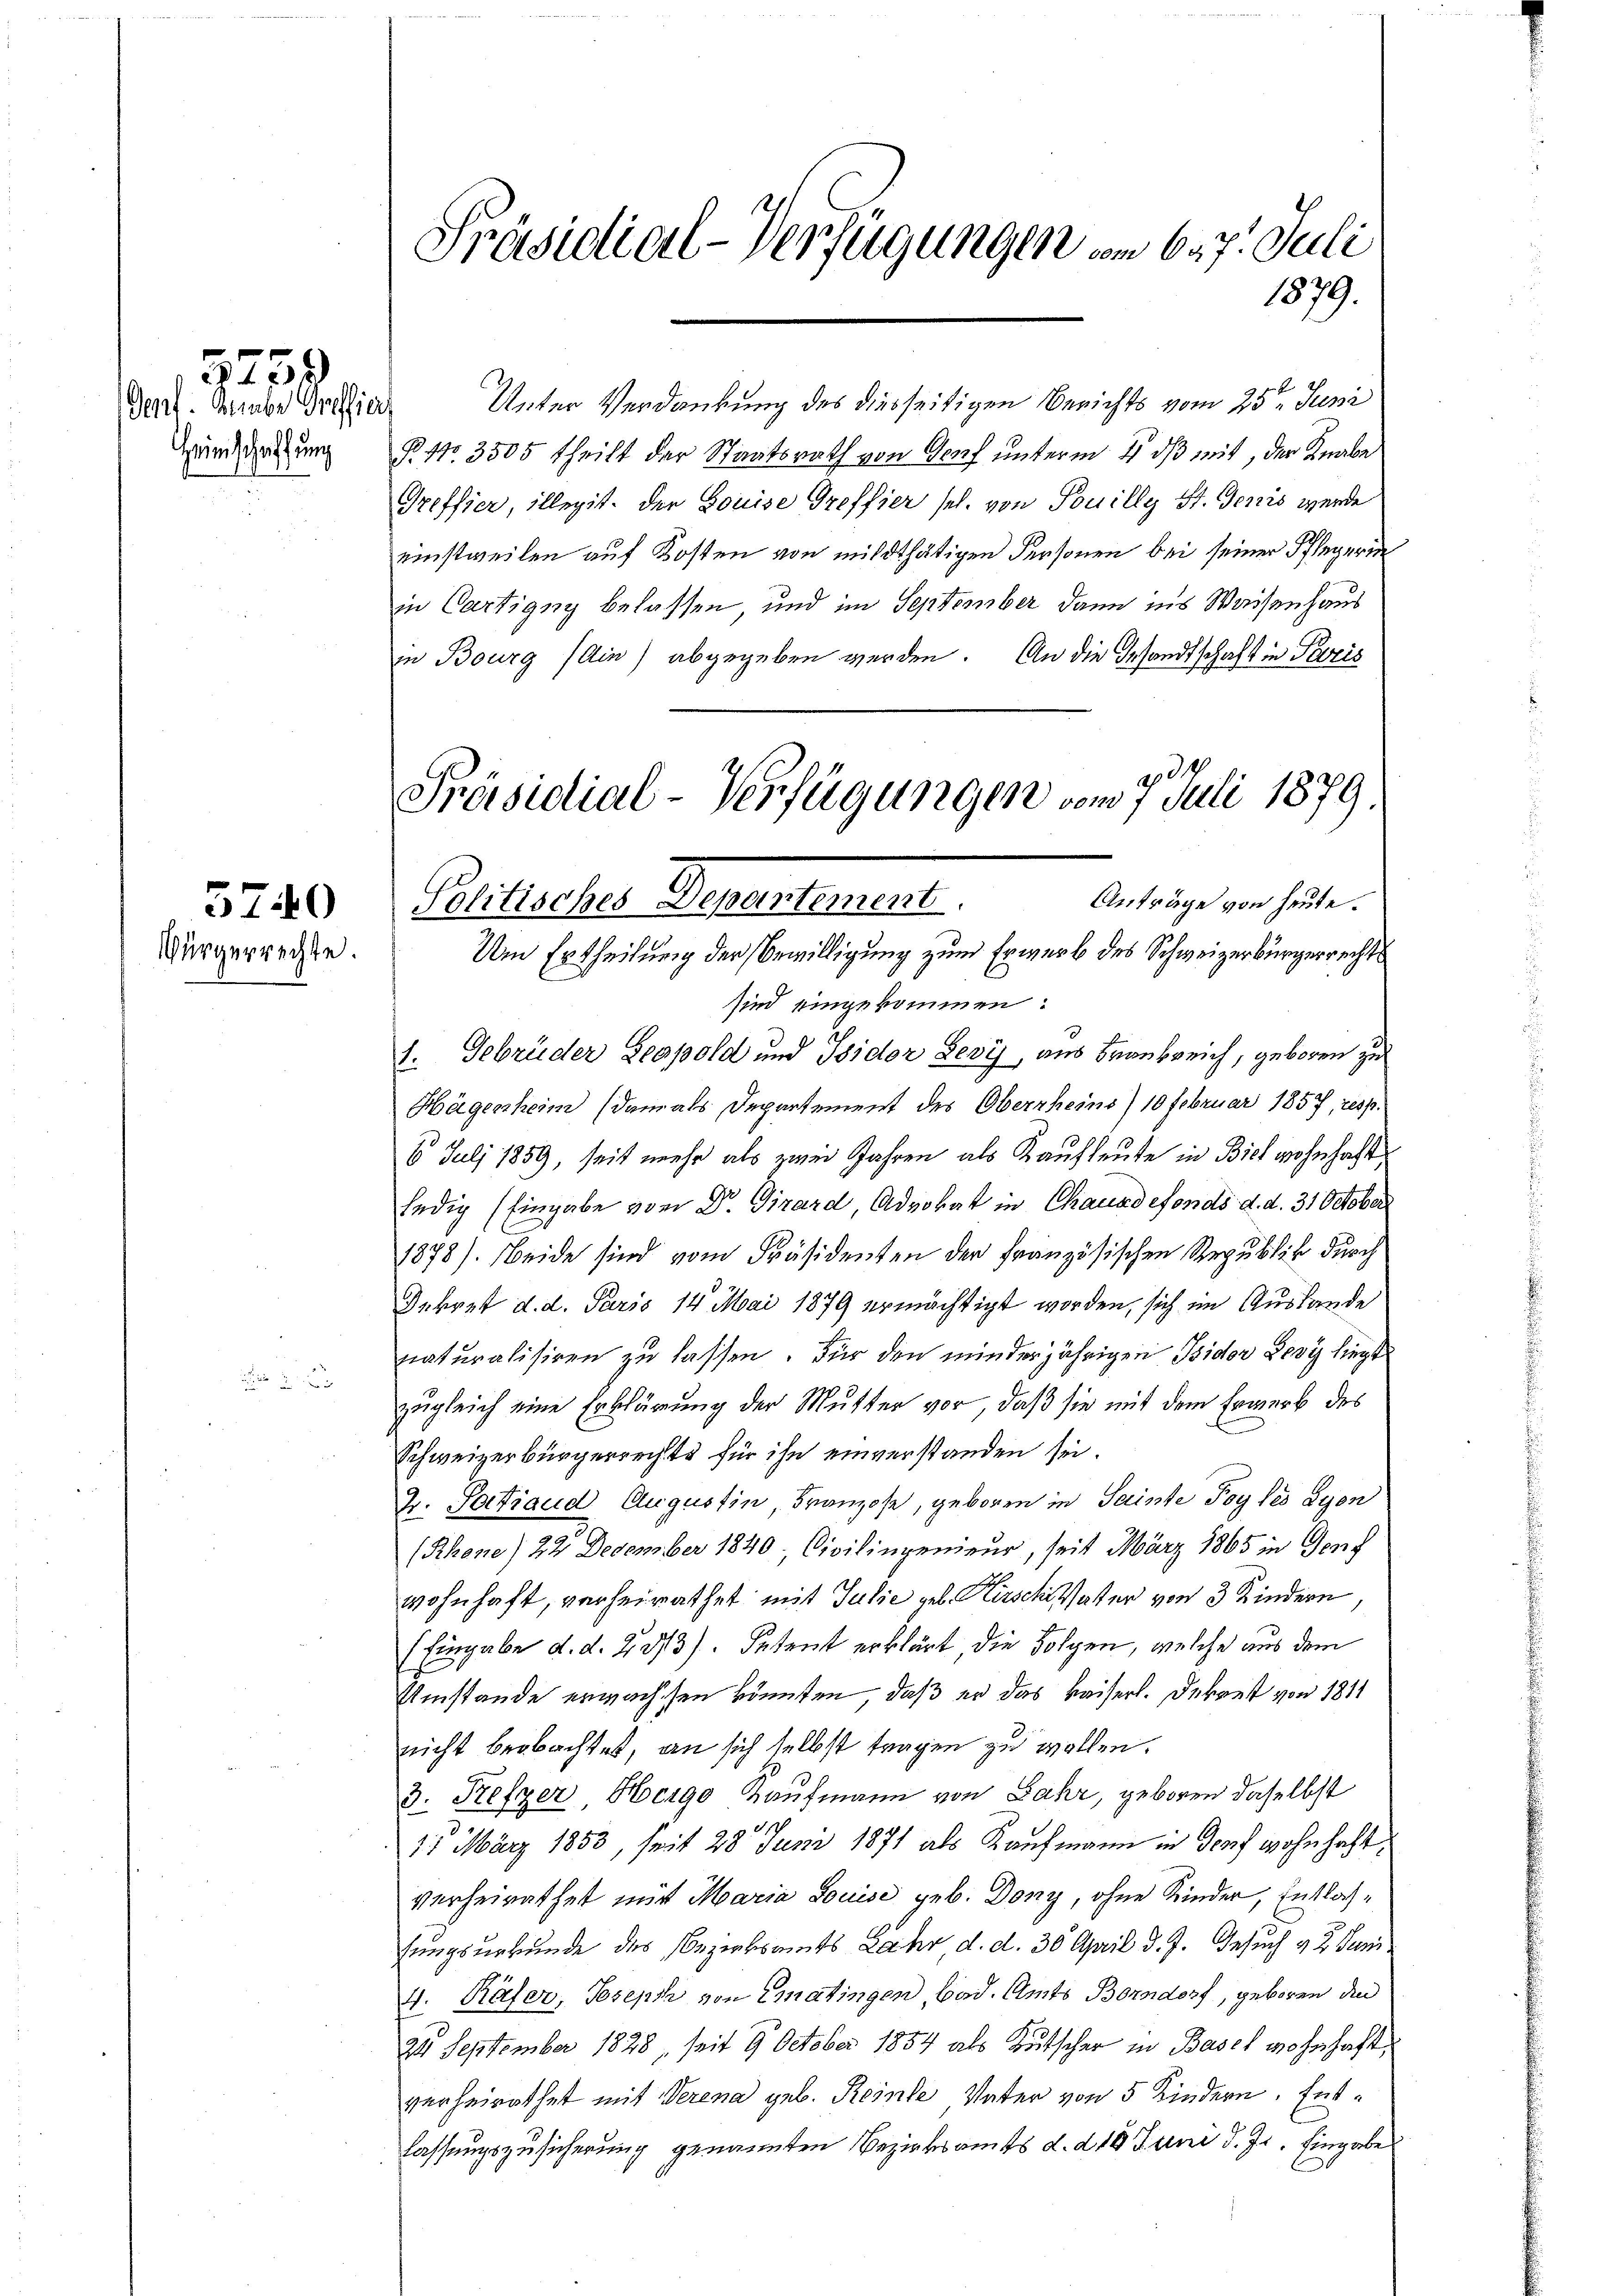
Art. Sein der Gelie
Heimschaffung

)

Würgerrechte.

5740

Präsidial-Verfügungen vom 627. Juli
1879.

Unter Verdankung des diesseitigen Berichts vom 25. Juni
P. Nr. 3505 theilt der Staatsrath von Genf unterm 4. dβ mit, der Knabe
Greffier, illegit. der Louise Greffier sel. von Pouilly St. Genis werde
einstweilen auf Kosten von mildthätigen Personen bei seiner Pflegerin
in Cartigny belassen und im September dann ins Waisenhaus
in Bourg (Ain) abgegeben werden. An die Gesandtschaft in Paris
sind eingekommen.
1. Gebrüder Leopold und Isidor Levi, aus Frankreich, geboren zu
Hägenheim (damals Departement des Oberrheins) 10 Februar 1857, resp.
6 Juli 1859, seit mehr als zwei Jahren als Kaufleute in Biel wohnhaft
ledig (Eingabe von Dr. Girard Advokat in Chauxdefonds d. d. 31 October
1878). Beide sind vom Präsidenten der Französischen Republik durch
Gekret d. d. Paris 14. Mai 1879 ermächtigt worden, sich im Auslande
naturalisiren zu lassen. Für den minderjährigen Isidor Levyz liegt
zugleich eine Erklärung der Mutter vor, daß sie mit dem Erwerk des
Schweizerbürgerrechte für ihn einverstanden sei.
2. Satiaud Augustin Franzose, geboren in Sainte Foy lés dyen
(Rhone) 22. December 1840, Civilingenieur, seit März 1865 in Genf
wohnhaft, verheirathet mit Julie geb. Kirschi Vater von 3 Kindern,
(Eingabe d. d. 233). Petent erklärt die Folgen, welche aus dem
Umstände erwachsten könnten, daß er das Kaiserl. Dekret von 1811
nicht beobachtet, an sich selbst tragen zu wollen.
3. Refzer Hergo Kaufmann von Jahr, geboren daselbst
s
15 März 1853, seit 28 Juni 1871 als Kaufmann in Dorf wohnhaft
verheirathet mit Maria Louise geb. Dony, ohne Kinder, Entlassungsurkunde des Bezirksamts Jahr d. d. 30 April d. J. Gesuch v. 2. Juni
4. Käfer, Joseph von Ematingen bad. Amts Borndorf, geboren den
24 September 1828, seit 9 October 1854 als Kutscher in Basel wohnhaft,
verheirathet mit Verena geb. Reine Vater von 5 Kindern. Entlassungszusicherung genannten Bezirksamts d. d. 18 Juni d. Js. Eingabe

2
Präsidial-Verfügungen vom 7. Juli 1879.
Anträge von heute.
Politisches Depantement
Um Ertheilung der Bewilligung zum Erwerb des Schweizerbürgerrechts